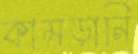
কামড়ানি